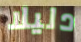
دليلا